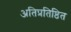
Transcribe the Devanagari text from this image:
अतिप्रतिष्ठित